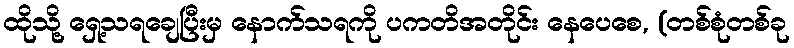
ထိုသို့ ရှေ့သရချေပြီးမှ နောက်သရကို ပကတိအတိုင်း နေပေစေ, (တစ်စုံတစ်ခု